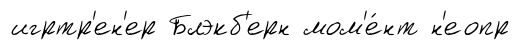
игртр'ен'ер Блэкб'ерн мом'е́нт н'еопр